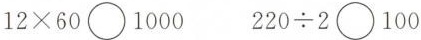
$$12\times 60\bigcirc 1000$$ $$220\div 2\bigcirc 100$$